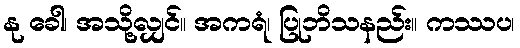
နု ခေါ၊ အသို့လျှင်။ အကရံ၊ ပြုဘိသနည်း။ ကဿပ၊